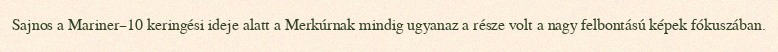
Sajnos a Mariner–10 keringési ideje alatt a Merkúrnak mindig ugyanaz a része volt a nagy felbontású képek fókuszában.